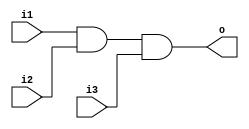
module top ( i1 , i2 , i3 , o );

input i1 , i2 , i3;

output o ;

wire t ;

and ( t, i1 , i2 , i3) ;


buf ( o , t );

endmodule